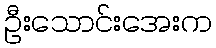
ဦးသောင်းအေးက